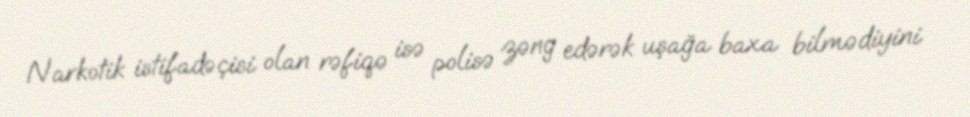
Narkotik istifadəçisi olan rəfiqə isə polisə zəng edərək uşağa baxa bilmədiyini